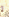
لم